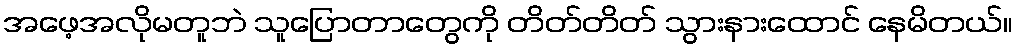
အဖေ့အလိုမတူဘဲ သူပြောတာတွေကို တိတ်တိတ် သွားနားထောင် နေမိတယ်။